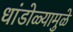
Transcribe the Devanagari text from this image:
धांडोळ्यामुळे